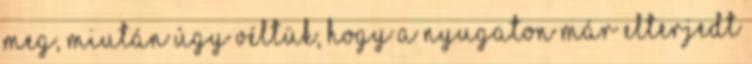
meg, miután úgy véltük, hogy a nyugaton már elterjedt